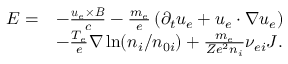
\begin{array} { r l } { \boldsymbol { E } = } & { - \frac { \boldsymbol { u } _ { e } \times \boldsymbol { B } } { c } - \frac { m _ { e } } { e } \left( \partial _ { t } \boldsymbol { u } _ { e } + \boldsymbol { u } _ { e } \cdot \nabla \boldsymbol { u } _ { e } \right) } \\ & { - \frac { T _ { e } } { e } \nabla \ln ( n _ { i } / n _ { 0 i } ) + \frac { m _ { e } } { Z e ^ { 2 } n _ { i } } \nu _ { e i } \boldsymbol { J } . } \end{array}